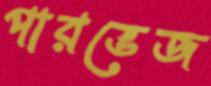
পারভেজ